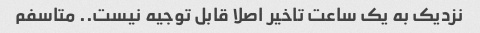
نزدیک به یک ساعت تاخیر اصلا قابل توجیه نیست.. متاسفم